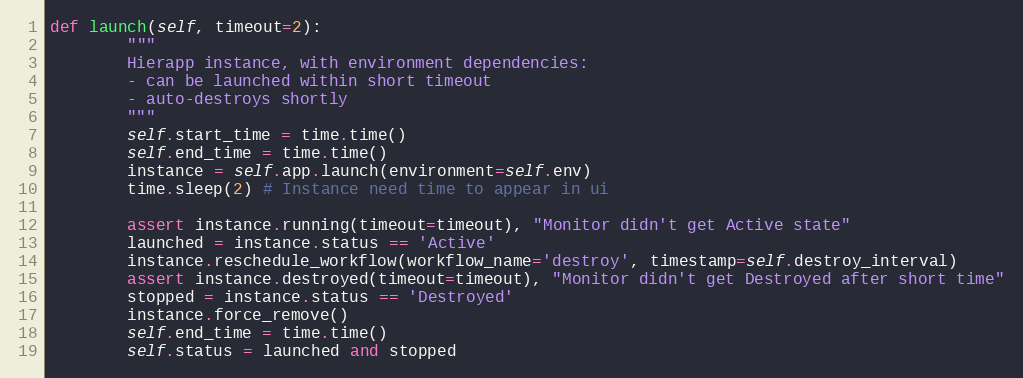
Language: Python
def launch(self, timeout=2):
        """
        Hierapp instance, with environment dependencies:
        - can be launched within short timeout
        - auto-destroys shortly
        """
        self.start_time = time.time()
        self.end_time = time.time()
        instance = self.app.launch(environment=self.env)
        time.sleep(2) # Instance need time to appear in ui

        assert instance.running(timeout=timeout), "Monitor didn't get Active state"
        launched = instance.status == 'Active'
        instance.reschedule_workflow(workflow_name='destroy', timestamp=self.destroy_interval)
        assert instance.destroyed(timeout=timeout), "Monitor didn't get Destroyed after short time"
        stopped = instance.status == 'Destroyed'
        instance.force_remove()
        self.end_time = time.time()
        self.status = launched and stopped